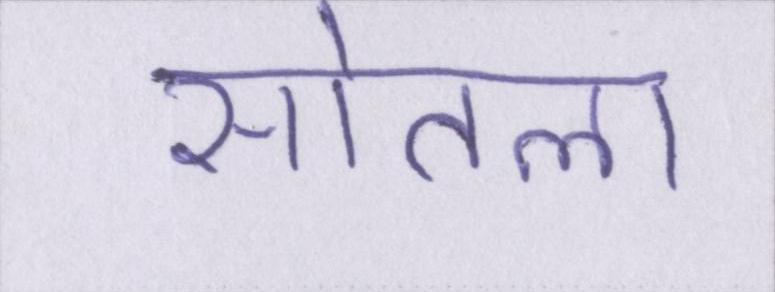
सोतला